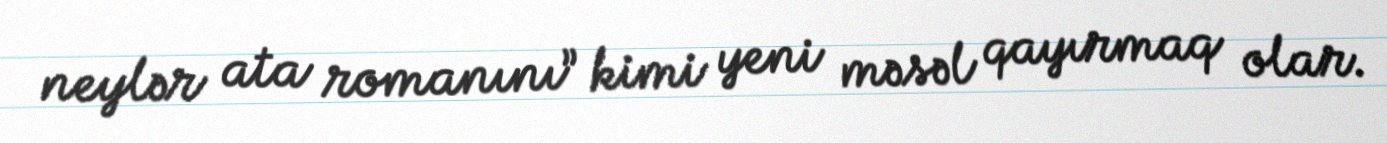
neylər ata romanını” kimi yeni məsəl qayırmaq olar.